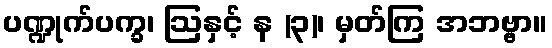
ပဏ္ဍုက်ပက္ခ၊ ဩနှင့် န (၃)၊ မှတ်ကြ အဘဗ္ဗာ။